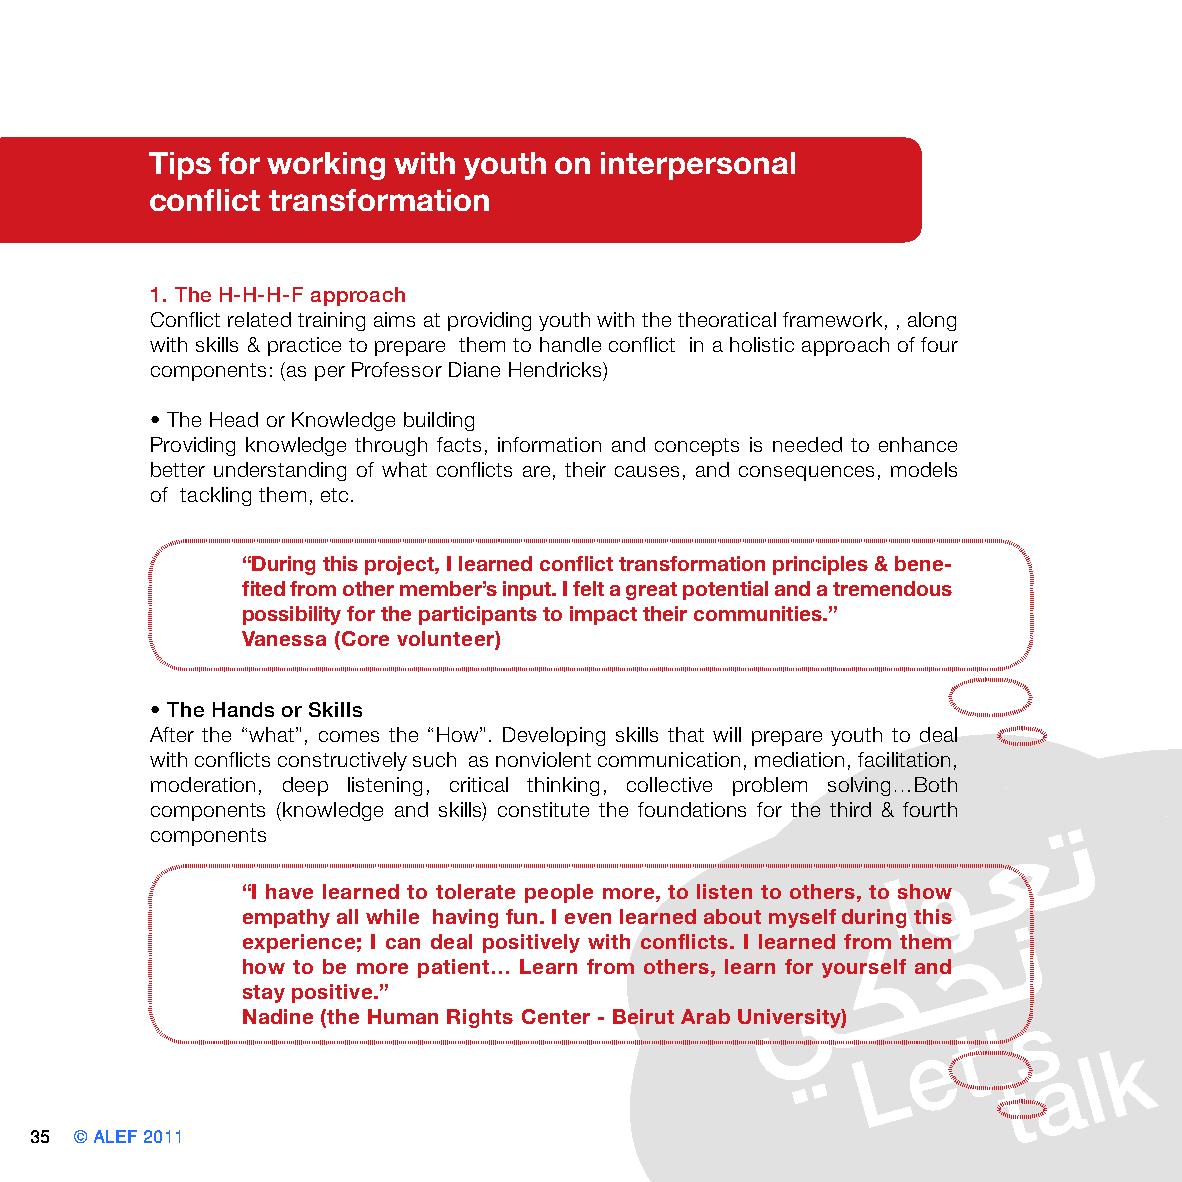
Tips for working with youth on interpersonal
 conflict transformation
 1. The H-H-H-F approach
 Conflict related training aims at providing youth with the theoratical framework, , along
 with skills & practice to prepare them to handle conflict in a holistic approach of four
 components: (as per Professor Diane Hendricks)
 • The Head or Knowledge building
 Providing knowledge through facts, information and concepts is needed to enhance
 better understanding of what conflicts are, their causes, and consequences, models
 of tackling them, etc.
 “During this project, I learned conflict transformation principles & bene-
 fited from other member’s input. I felt a great potential and a tremendous
 possibility for the participants to impact their communities.”
 Vanessa (Core volunteer)
 • The Hands or Skills
 After the “what”, comes the “How”. Developing skills that will prepare youth to deal
 with conflicts constructively such as nonviolent communication, mediation, facilitation,
 moderation, deep listening, critical thinking, collective problem solving…Both
 components (knowledge and skills) constitute the foundations for the third & fourth
 components
 “I have learned to tolerate people more, to listen to others, to show
 empathy all while having fun. I even learned about myself during this
 experience; I can deal positively with conflicts. I learned from them
 how to be more patient… Learn from others, learn for yourself and
 stay positive.”
 Nadine (the Human Rights Center - Beirut Arab University)
 35 © ALEF 2011